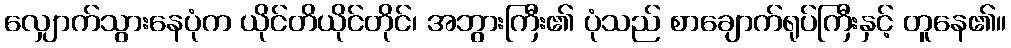
လျှောက်သွားနေပုံက ယိုင်တိယိုင်တိုင်၊ အဘွားကြီး၏ ပုံသည် စာချောက်ရုပ်ကြီးနှင့် တူနေ၏။